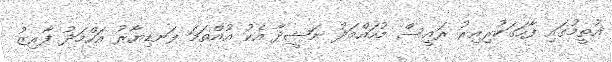
އުތީމުގައި ފާހަގަކުރިއިރު ރައީސް މުހައްމަދު ނަޝީދާ އެކު އުއްތަމަ ފަނޑިޔާރު އަހްމަދު ފާއިޒު